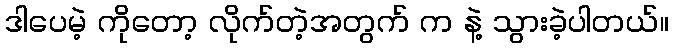
ဒါပေမဲ့ ကိုတော့ လိုက်တဲ့အတွက် က နဲ့ သွားခဲ့ပါတယ်။